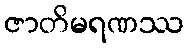
ဇာတိမရဏဿ